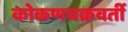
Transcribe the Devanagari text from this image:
कोकणचक्रवर्ती